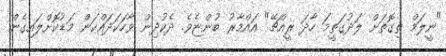
"ނީލަމް ތިގޮތަށް ލަދުގަތީމަ ހާދަ ރީއްޗޭ" އައްމާރު ބުންޏެވެ. ދެކުދިން ވާހަކަދައްކަން މަޑުކޮށްލައިގެން